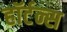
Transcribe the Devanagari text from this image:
हॉर्टन्स